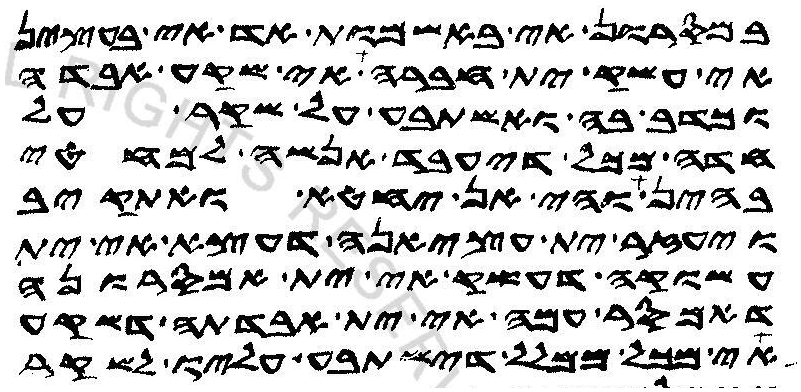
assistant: במסרון אי באשמות אד אי בעצין
אי עשק ית חברה אי שקע אבדה
וכדב בה ואשתבע על שקר על
חדה מכל דיעבד אנשה למחטי
בהין והי אן יחטא ואתקיב
ויעזר ית עציאנה דעצא אי ית
עשוקה דעשק אי ית אמסרונה
דאמסר עמה אי ית אבדתה דשקע
אי מכל ממלל דישתבע עליו לשקר